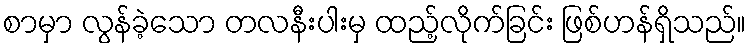
စာမှာ လွန်ခဲ့သော တလနီးပါးမှ ထည့်လိုက်ခြင်း ဖြစ်ဟန်ရှိသည်။